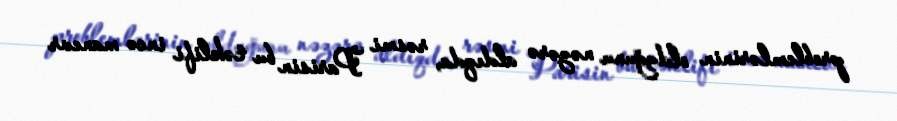
problemlərinin olduğunu nəzərə aldıqda, rəsmi Parisin bu təklifi incə manevr